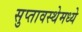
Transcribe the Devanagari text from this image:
सुप्‍तावस्थेमध्ये